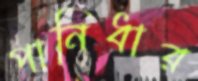
পানিধার